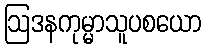
ဩဒနကုမ္မာသူပစယော